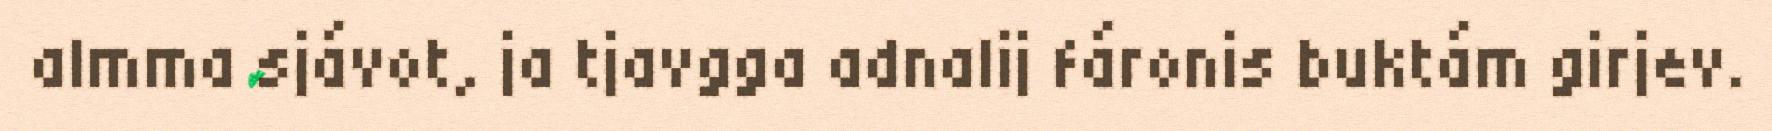
almma sjávot, ja tjavgga adnalij fáronis buktám girjev.